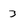
Character: 3